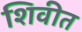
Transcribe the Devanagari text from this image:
शिवीत